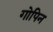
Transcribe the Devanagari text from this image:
गोपिन